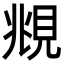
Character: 覜